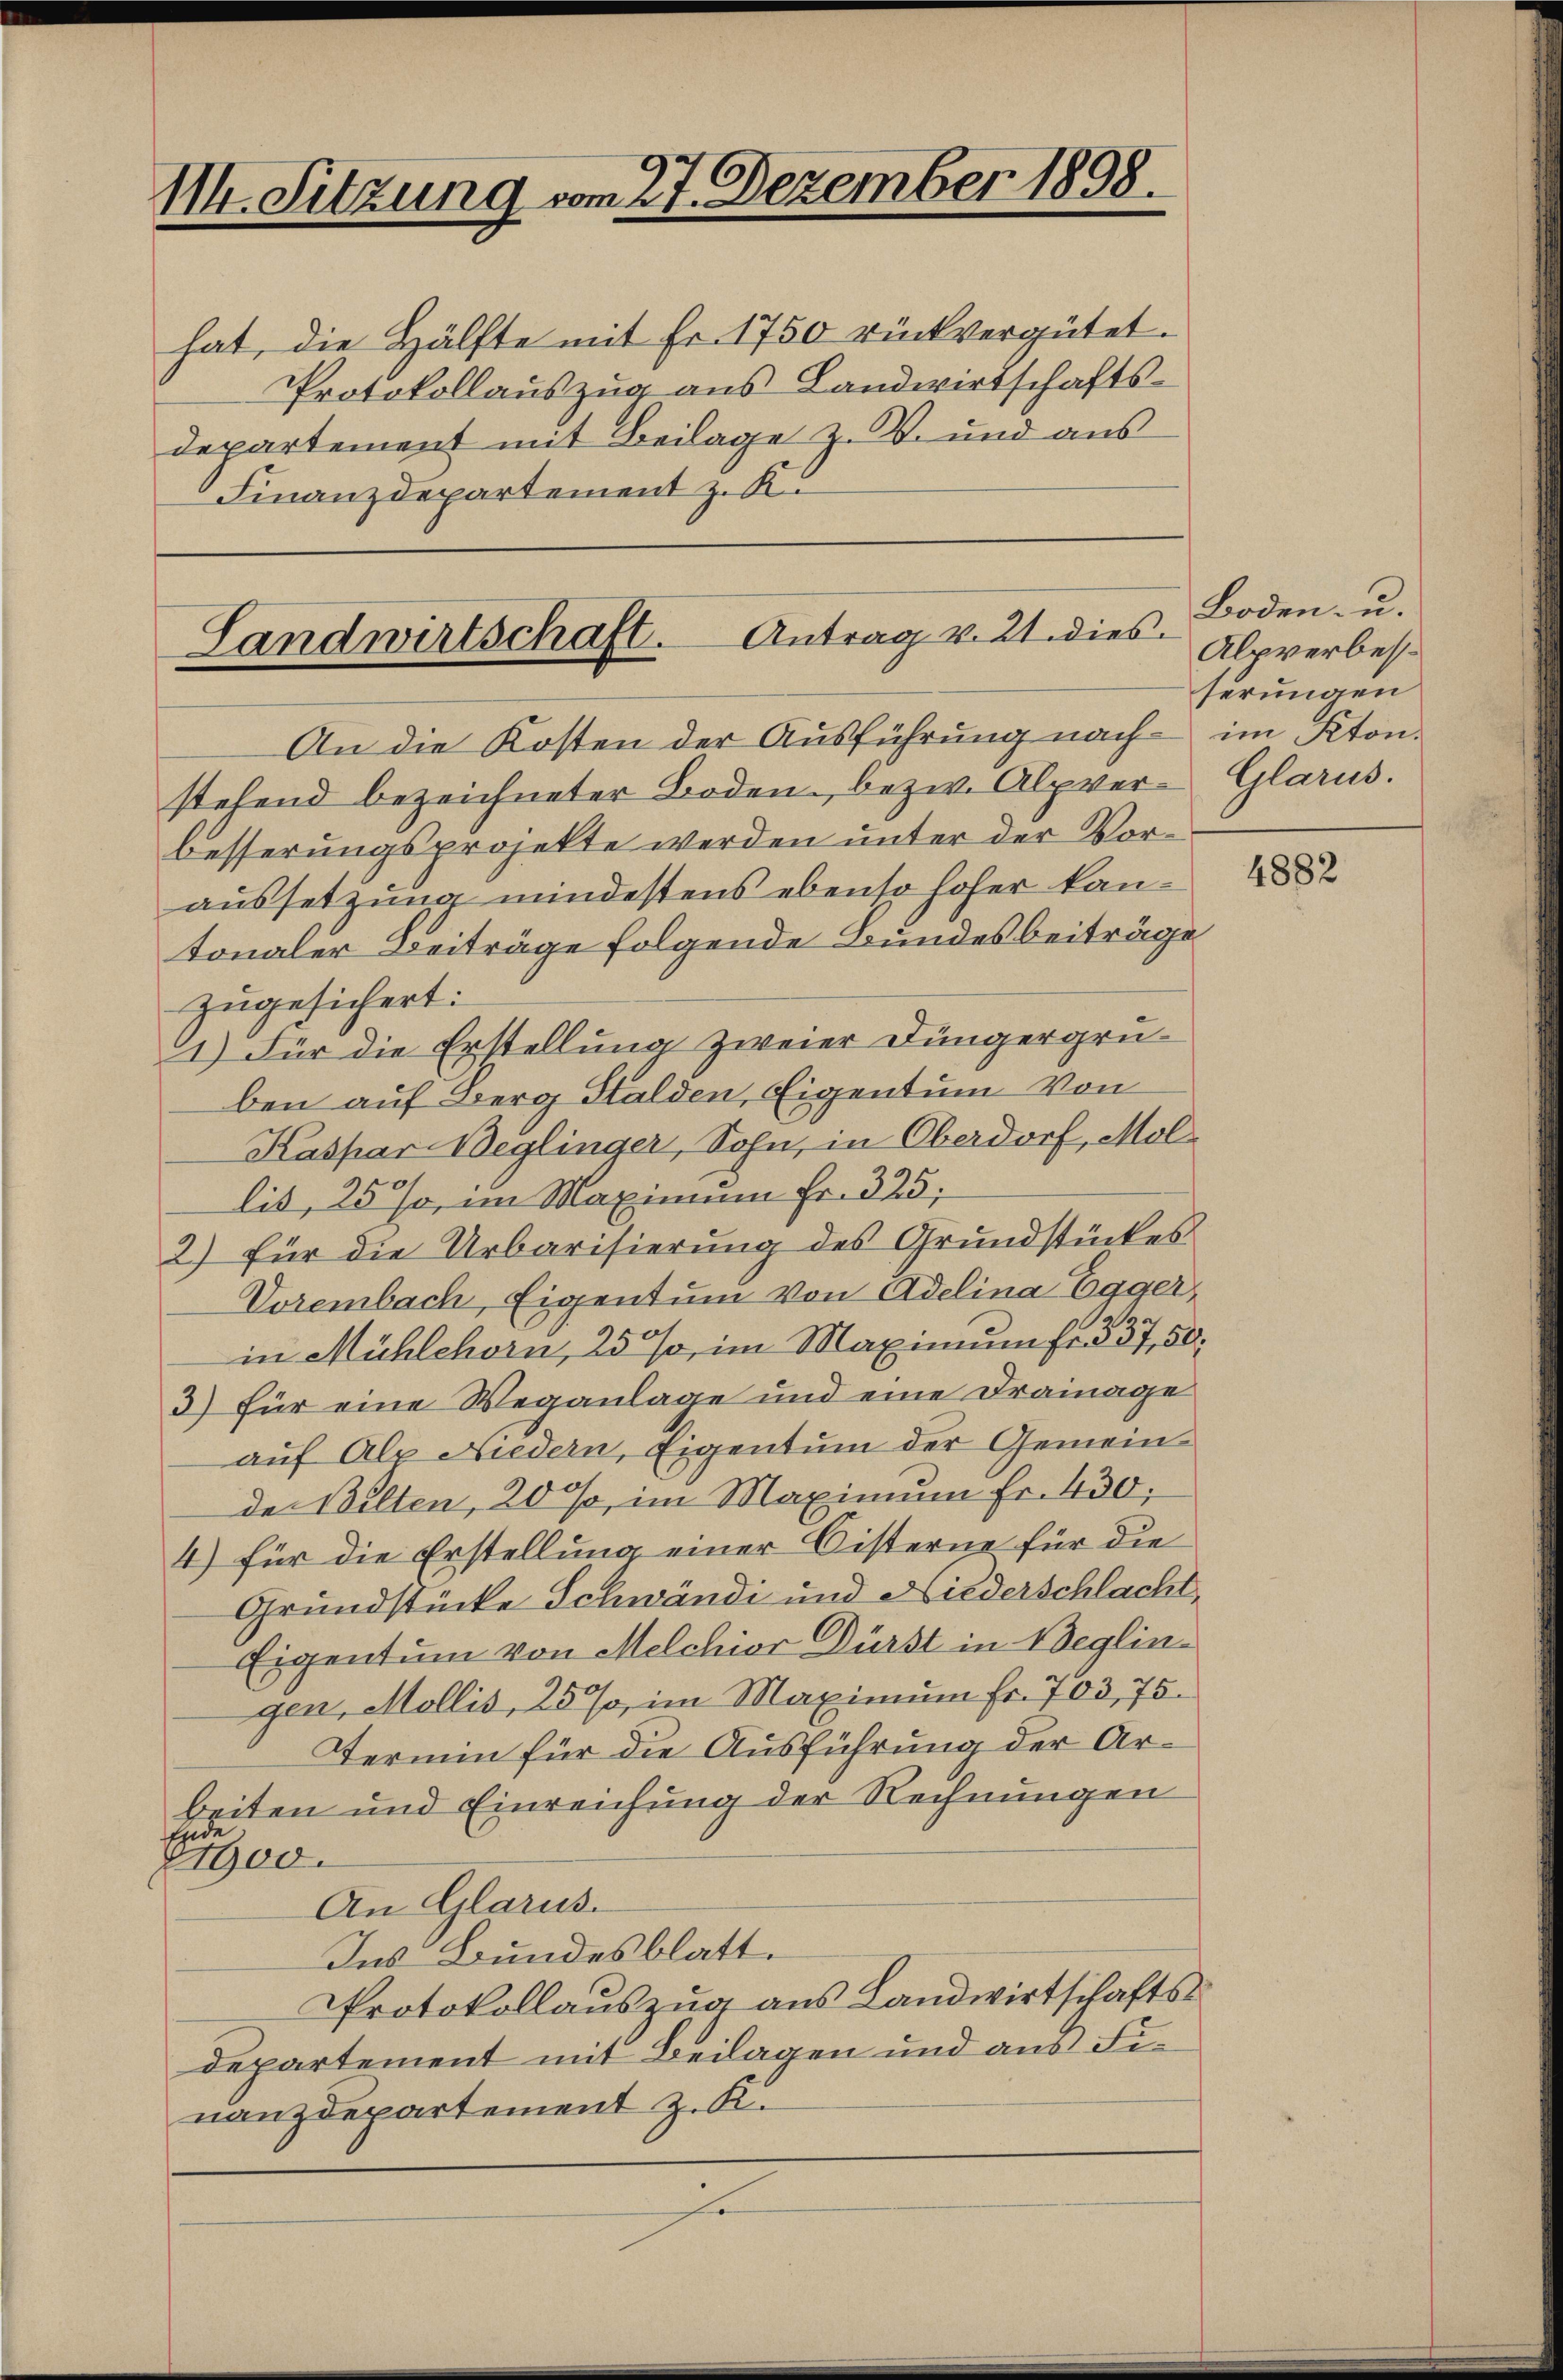
114. Sitzung vom 27. Dezember 1898.

hat, die Hälfte mit Fr. 1750 rückvergütet.
Protokollauszug aus Landwirtschaftsdepartement mit Beilage z. B. und aus
Finanzdepartement z. K.

Landwirtschaft. Antrag v. 21. dies
An die Kosten der Ausführung nach im Kton.

stehend bezeichneter Boden, bezw. Alpver- Glarus.
besserungsprojekte werden unter der Voraussetzung mindestens ebenso hoher kantonaler Beiträge folgende Bundesbeiträge
zugesichert:
1) Für die Erstellung zweier Jüngergruben auf Berg Halden, Eigentum von
Kaspar Beglinger, Sohn, in Oberdorf, Mol
lis, 25%, im Maximum Fr. 325,
2) Für die Urbarisierung des Grundstückes
Vorembach, Eigentum von Adelina Egger,
in Mühlehorn, 25%, im Maximum fr. 337, 50.
3) für eine Weganlage und eine Drainage
auf Alp Niedern, Eigentum der Gemeinder Bilten, 20 %, im Maximum Fr. 430,
4) für die Erstellung einer Cisterne für die
Grundstücke Schwändi und Niederschlacht,
Eigentum von Melchior Dürst in Beglin-
gen, Mollis, 25%, im Maximum fr. 703, 75.
Termin für die Ausführung der Arbeiten und Einreichung der Rechnungen
Ende
81900.
An Glarus.
Ins Bundesblatt.
Protokollauszug aus Landwirtschaftsdepartement mit Beilagen und aus Finanzdepartement z. K.

Boden- u.
Alpverbesserungen

4882